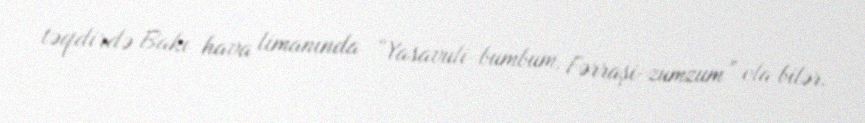
təqdirdə Bakı hava limanında “Yasavuli-bumbum, Fərraşi-zumzum” ola bilər.